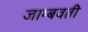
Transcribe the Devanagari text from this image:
जाम्‍बवती